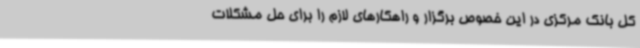
کل بانک مرکزی در این خصوص برگزار و راهکارهای لازم را برای حل مشکلات